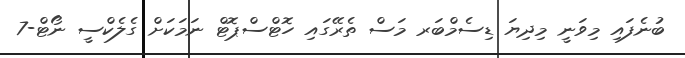
ބުނެފައި މިވަނީ މިދިޔަ ޑިސެމްބަރ މަސް ތެރޭގައި ހޮޓްސްޕޮޓް ނަމަކަށް ގެލެކްސީ ނޯޓް-7